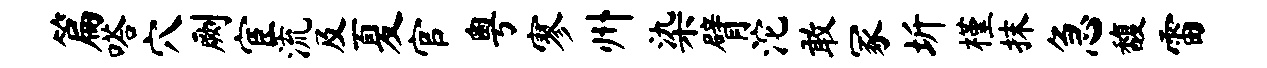
篇嗒穴劂宦流及夏官粤寥州染臂沱敢冢圻槿抹急馥雷